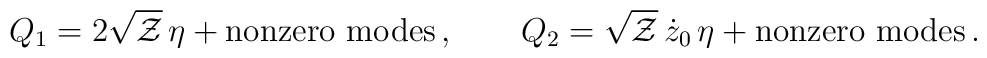
Q_1=2\sqrt{\cal Z}\,\eta +{\rm nonzero~modes } \,,\qquad Q_2=\sqrt{\cal Z}\,\dot z_0\,\eta +{\rm nonzero~modes } \,.